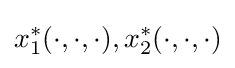
\,\!x_{1}^{*}(\cdot ,\cdot ,\cdot ),x_{2}^{*}(\cdot ,\cdot ,\cdot )